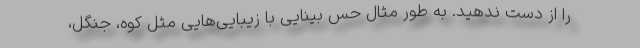
را از دست ندهید. به طور مثال حس بینایی با زیبایی‌هایی مثل کوه، جنگل،